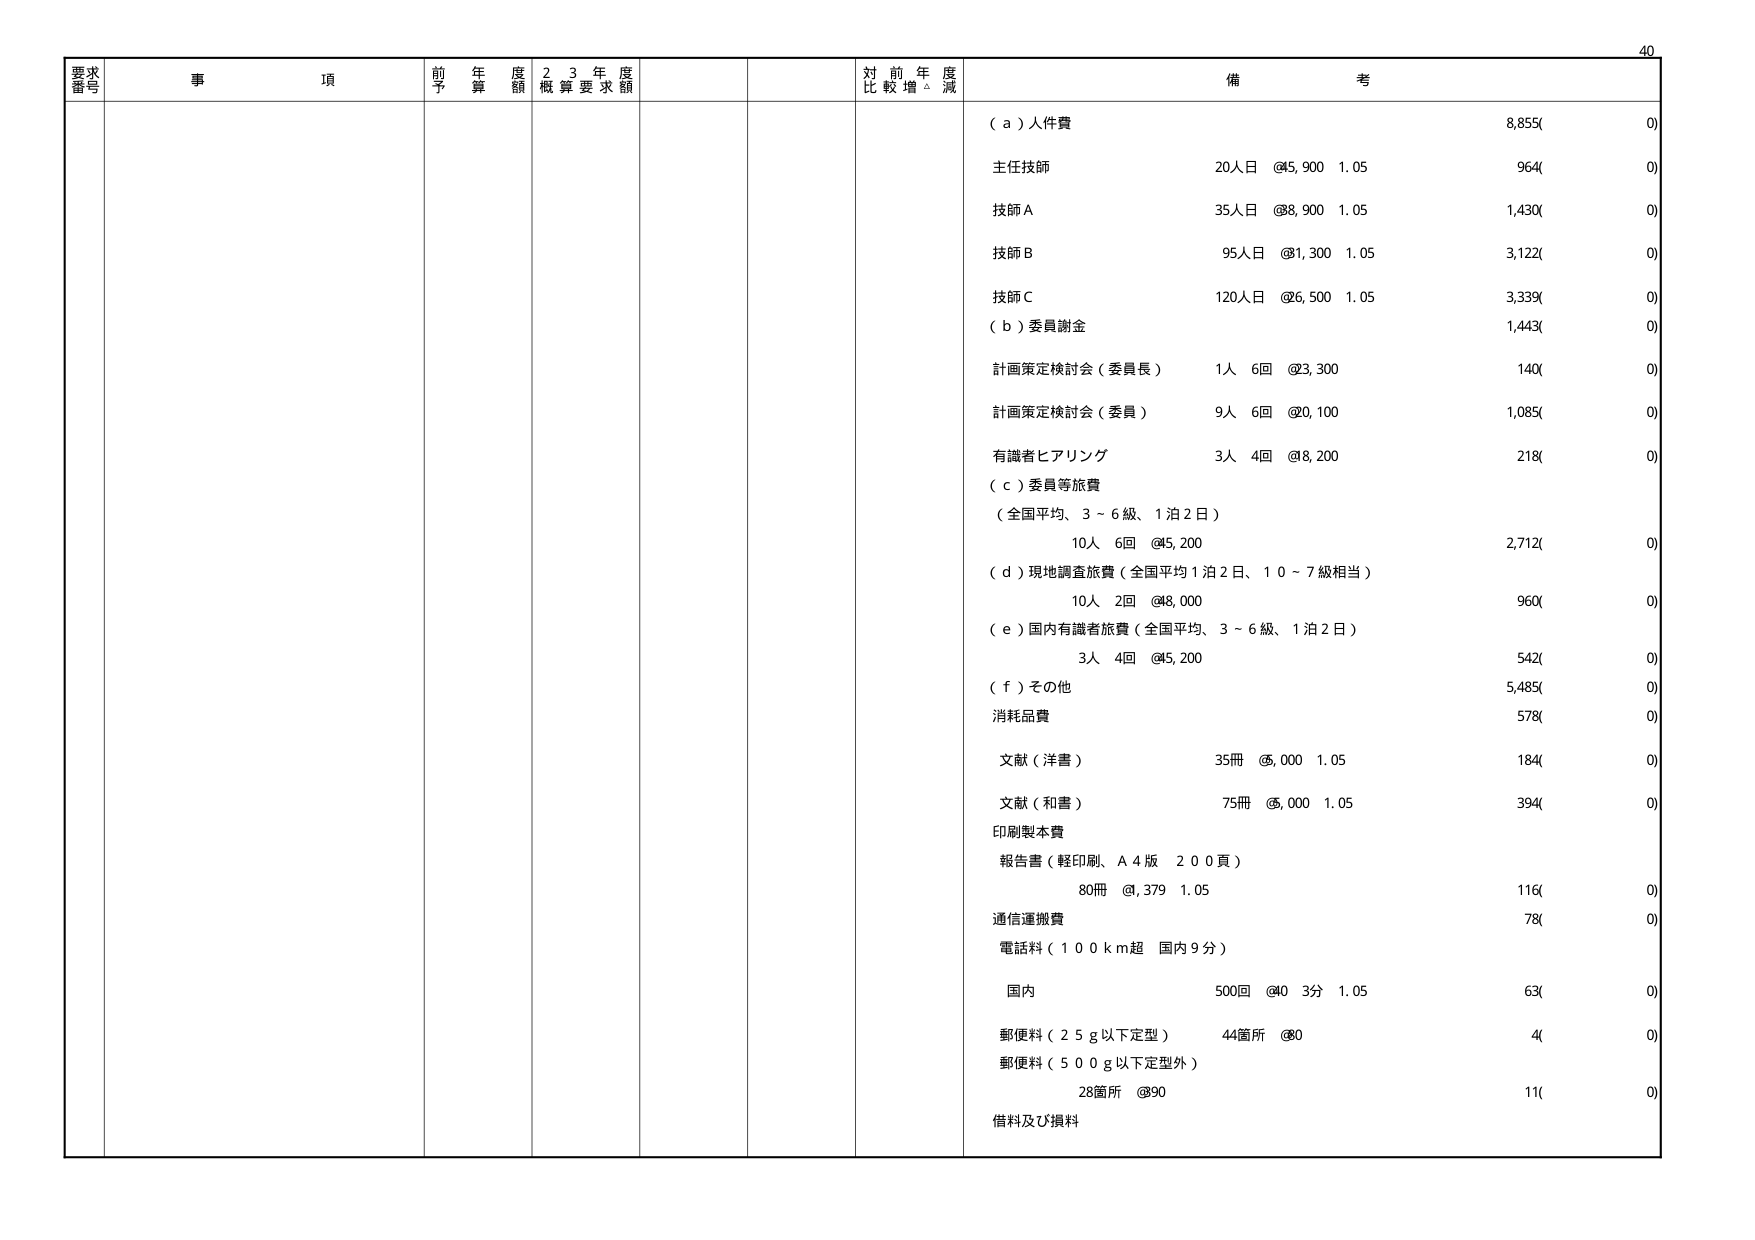
要求番号 事項 前年度予算額 23年度概算要求額 対前年度比較増減 備考
（ａ）人件費 8,855(0)
主任技師 20人日 @45,900 1.05 964(0)
技師Ａ 35人日 @38,900 1.05 1,430(0)
技師Ｂ 95人日 @31,300 1.05 3,122(0)
技師Ｃ 120人日 @26,500 1.05 3,339(0)
（ｂ）委員謝金 1,443(0)
計画策定検討会（委員長） 1人 6回 @23,300 140(0)
計画策定検討会（委員） 9人 6回 @20,100 1,085(0)
有識者ヒアリング 3人 4回 @8,200 218(0)
（ｃ）委員等旅費
（全国平均、3～6級、1泊2日） 10人 6回 @45,200 2,712(0)
（ｄ）現地調査旅費（全国平均1泊2日、10～7級相当） 10人 2回 @48,000 960(0)
（ｅ）国内有識者旅費（全国平均、3～6級、1泊2日） 3人 4回 @45,200 542(0)
（ｆ）その他 5,485(0)
消耗品費 578(0)
文献（洋書） 35冊 @5,000 1.05 184(0)
文献（和書） 75冊 @5,000 1.05 394(0)
印刷製本費
報告書（軽印刷、Ａ４版 200頁） 80冊 @3,379 1.05 116(0)
通信運搬費 78(0)
電話料（100km超 国内9分）
国内 500回 @40 3分 1.05 63(0)
郵便料（25g以下定型） 44箇所 @80 4(0)
郵便料（500g以下定型外） 28箇所 @90 11(0)
借料及び損料